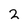
Character: 2